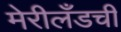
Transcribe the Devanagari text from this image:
मेरीलँडची